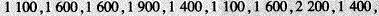
1100，1600，1600，1900，1400，1100，1600，2200，1400，